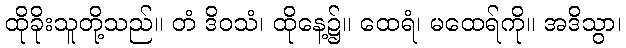
ထိုခိုးသူတို့သည်။ တံ ဒိဝသံ၊ ထိုနေ့၌။ ထေရံ၊ မထေရ်ကို။ အဒိသွာ၊